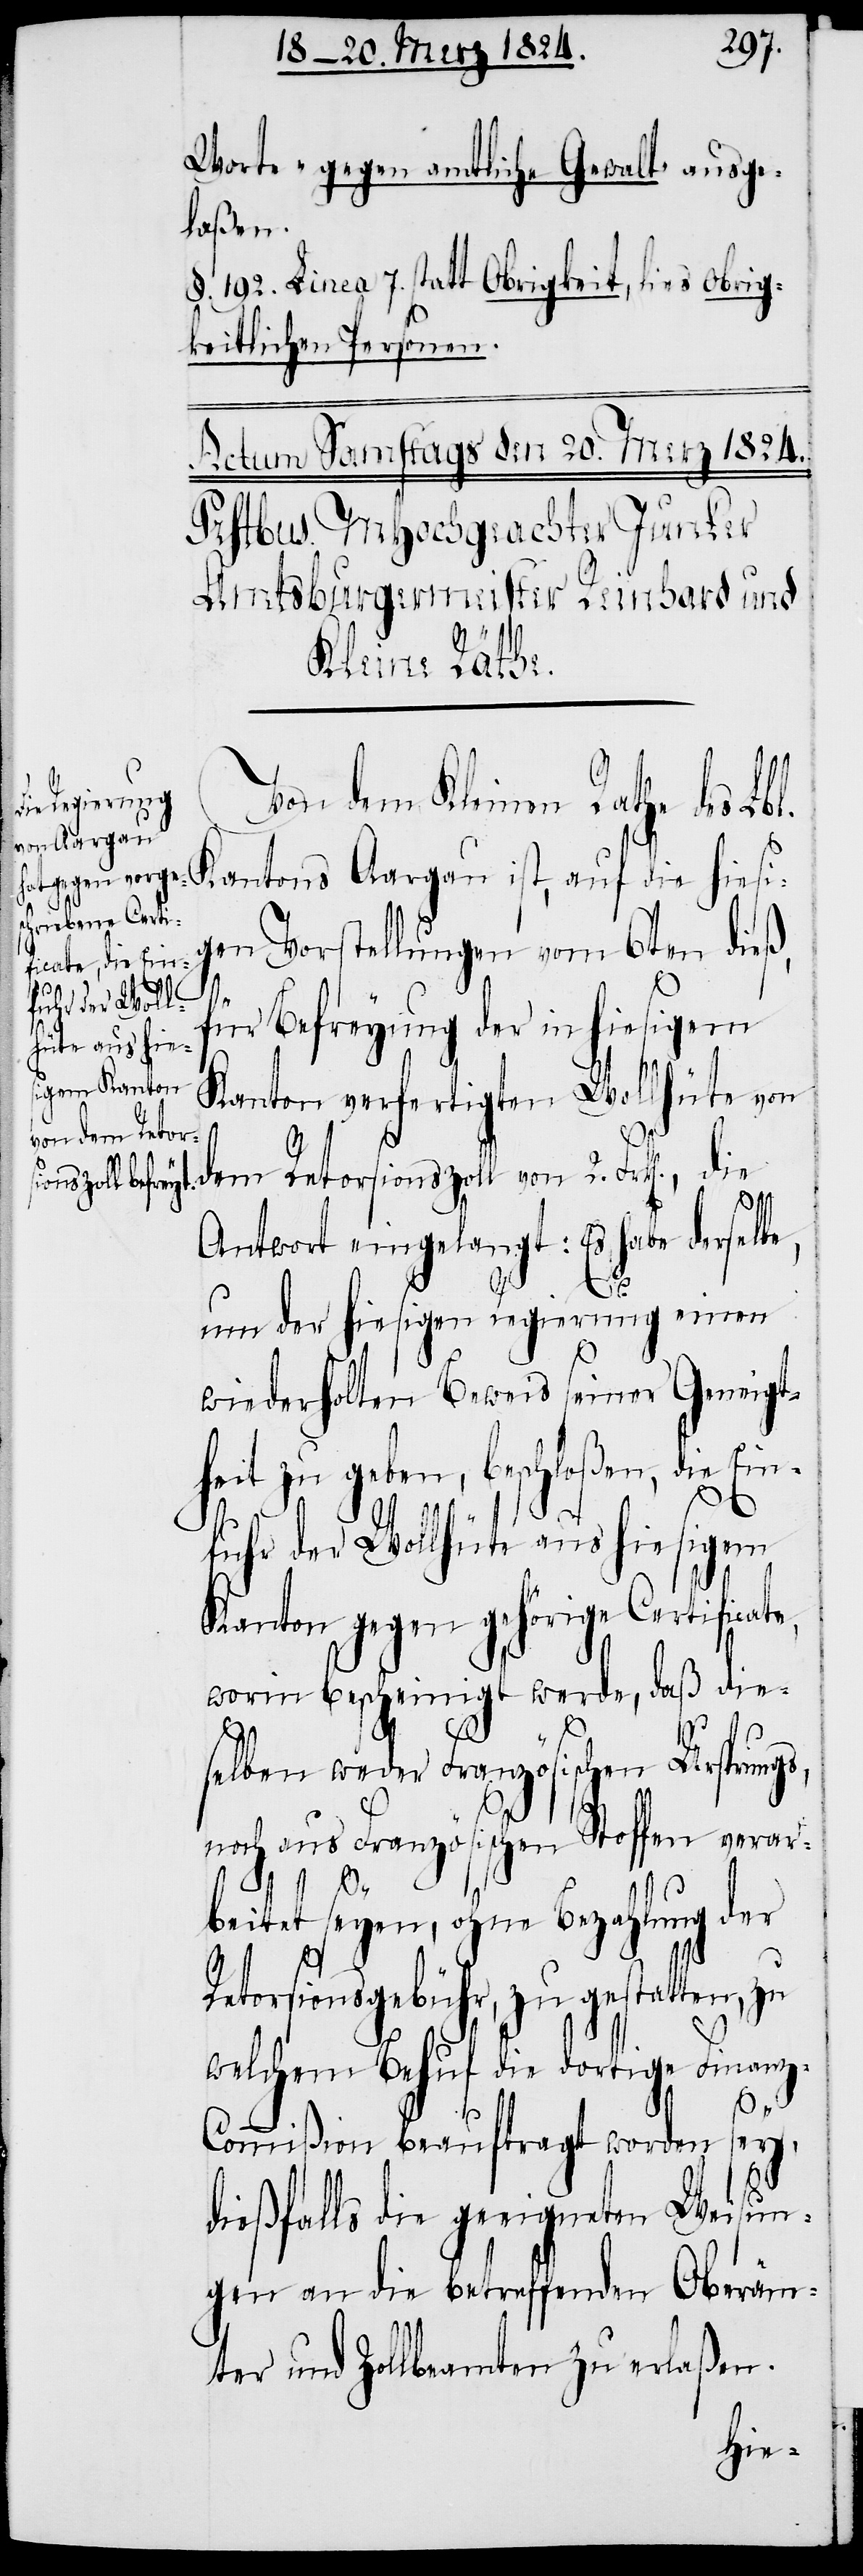
Worte „gegen amtliche Gewalt“ ausge¬
laßen.
§. 192. Linea 7. statt Obrigkeit, lies obrig¬
keitlichen Personen.
Von dem Kleinen Rathe des Lbl.
Kantons Aargau ist, auf die hiesi¬
ge Vorstellungen vom 6ten dieß,
für Befreyung der in hiesigem
Kanton verfertigten Wollhüte von
die
Antwort eingelangt: Es habe derselbe,
e,
um der hiesigen Regierung einen
wiederholten Beweis seiner Geneigt¬
heit zu geben, beschloßen, die Ein¬
fuhr der Wollhüte aus hiesigem
Kanton gegen gehörige Certificat¬
worin bescheinigt werde, daß die¬
selben weder Französischen Ursprungs
noch aus Französischen Stoffen verar¬
beitet seyen, ohne Bezahlung der
Retorsionsgebühr, zu gestatten, zu
welchem Behuf die dortige Finanz-C¬
ommißion beauftragt worden sey,
dießfalls die geeigneten Weisun¬
gen an die betreffenden Oberäm¬
ter und Zollbeamten zu erlaßen.